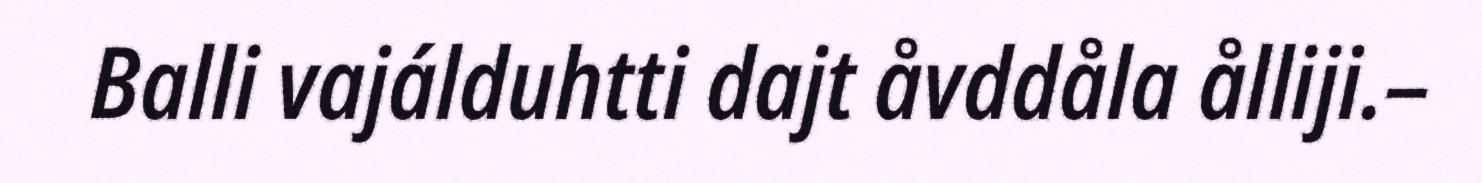
Balli vajálduhtti dajt åvddåla ålliji.–